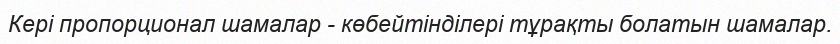
Кері пропорционал шамалар - көбейтінділері тұрақты болатын шамалар.